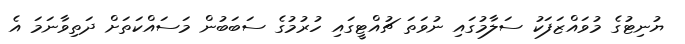
ޔުނިޓުގެ މުވައްޒަފަކު ސަލާމުގައި ނުވަތަ ޗުއްޓީގައި ހުރުމުގެ ސަބަބުން މަސައްކަތަށް ދަތިވާނަމަ އެ